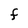
Character: F